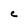
Character: C